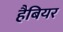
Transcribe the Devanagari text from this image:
हैबियर